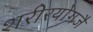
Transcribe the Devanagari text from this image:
शरीरयोगजै